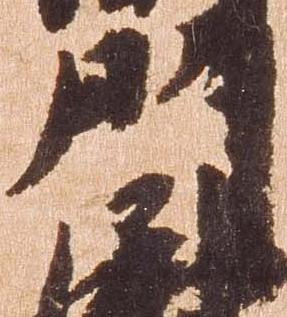
門